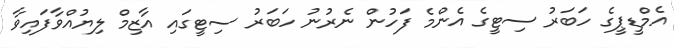
އެމްޑީޕީގެ ހަބަރު ސިޓީގެ އެންމެ ފަހުން ނެރުނު ހަބަރު ސިޓީގައި އާޒިމް ލިޔުއްވާފައިވާ